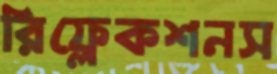
রিফ্লেকশনস